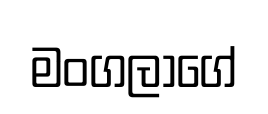
මංගලාගේ